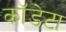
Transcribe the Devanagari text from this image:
कॉडेटा